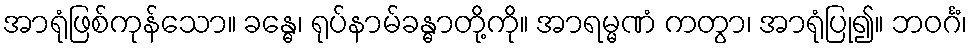
အာရုံဖြစ်ကုန်သော။ ခန္ဓေ၊ ရုပ်နာမ်ခန္ဓာတို့ကို။ အာရမ္မဏံ ကတွာ၊ အာရုံပြု၍။ ဘဝင်္ဂံ၊